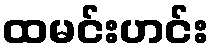
ထမင်းဟင်း